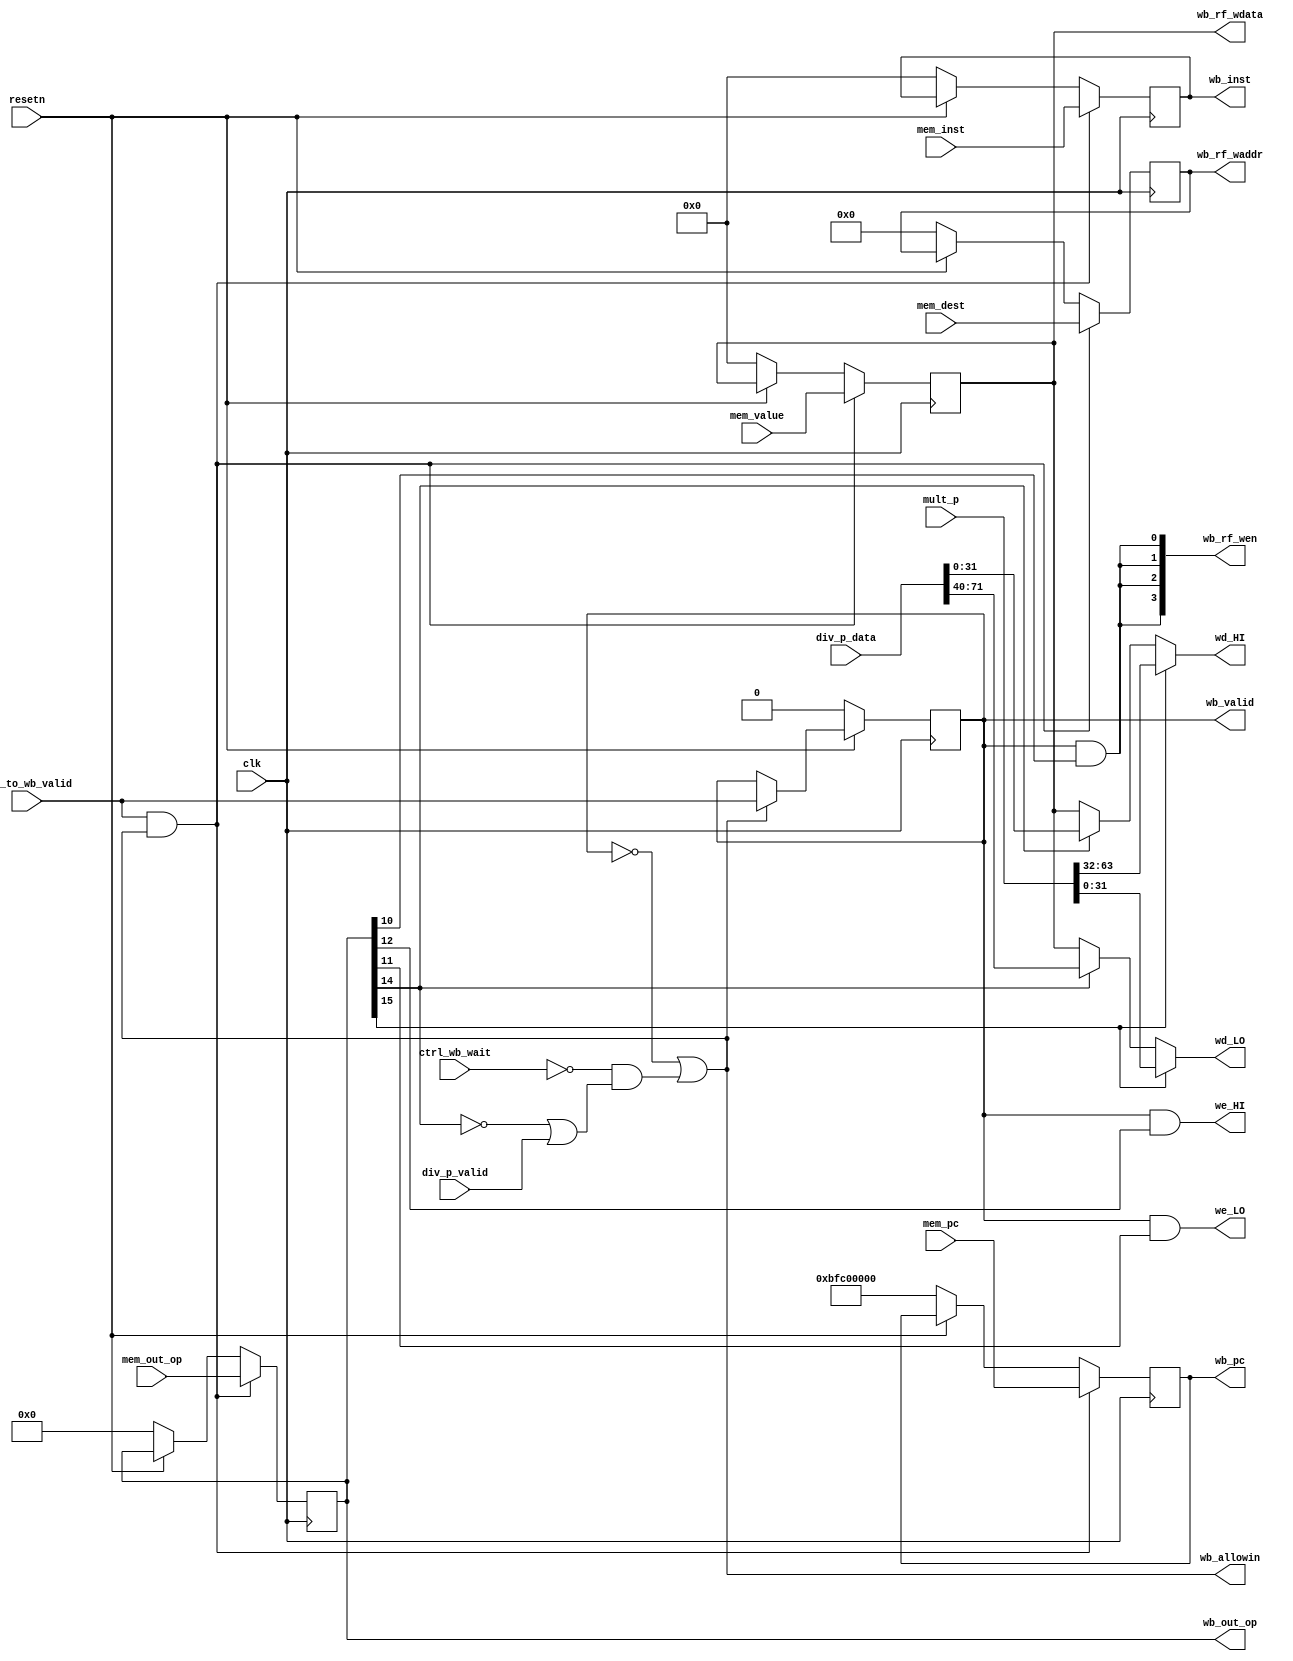

module writeback_stage(
    input  wire        clk,
    input  wire        resetn,

    input  wire [31:0] mem_pc,
    input  wire [31:0] mem_inst,
    output reg  [31:0] wb_pc,
    output reg  [31:0] wb_inst,

    input  wire [19:0] mem_out_op,
    input  wire [ 4:0] mem_dest,
    input  wire [31:0] mem_value,

    output wire [19:0] wb_out_op,
    output wire [ 3:0] wb_rf_wen,
    output wire [ 4:0] wb_rf_waddr,
    output wire [31:0] wb_rf_wdata,

    output reg         wb_valid,
    input  wire        mem_to_wb_valid,
    output wire        wb_allowin,

    input  wire        ctrl_wb_wait,

    output wire        we_HI,
    output wire [31:0] wd_HI,
    output wire        we_LO,
    output wire [31:0] wd_LO,

    input  wire [65:0] mult_p,

    input  wire        div_p_valid,
    input  wire [79:0] div_p_data
);

wire        wb_ready_go;

wire        op_Mult;
wire        op_Div;
wire        op_HIWrite;
wire        op_LOWrite;
wire        op_RegWrite;

reg  [ 4:0] wb_dest;
reg  [19:0] wb_op;
reg  [31:0] wb_value;

always @(posedge clk) begin
    if(!resetn) begin
        wb_pc       <= 32'hbfc00000;
        wb_inst     <= 32'd0;
        wb_dest     <= 5'd0;
        wb_op       <= 20'd0;
        wb_value    <= 32'd0;
        wb_valid    <= 1'b0;
    end
    else if(wb_allowin) begin
        wb_valid    <= mem_to_wb_valid;
    end
    if(mem_to_wb_valid && wb_allowin) begin
        wb_pc       <= mem_pc;
        wb_inst     <= mem_inst;
        wb_dest     <= mem_dest;
        wb_op       <= mem_out_op;
        wb_value    <= mem_value;
    end
end

assign op_Mult       = wb_op[15];
assign op_Div        = wb_op[14];
assign op_HIWrite    = wb_op[12];
assign op_LOWrite    = wb_op[11];
assign op_RegWrite   = wb_op[10];

assign wb_out_op     = wb_op;
assign wb_rf_wen     = {4{wb_valid & op_RegWrite}};
assign wb_rf_waddr   = wb_dest;
assign wb_rf_wdata   = wb_value;

assign we_HI         = wb_valid & op_HIWrite;
assign we_LO         = wb_valid & op_LOWrite;
assign wd_HI         = op_Mult  ? mult_p[63:32]
                     : op_Div   ? div_p_data[31:0]
                     : wb_value ;
assign wd_LO         = op_Mult  ? mult_p[31:0]
                     : op_Div   ? div_p_data[71:40]
                     : wb_value ;

assign wb_ready_go   = !ctrl_wb_wait && (!op_Div || div_p_valid);
assign wb_allowin    = !wb_valid || wb_ready_go;

endmodule